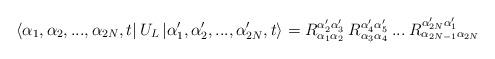
LaTeX: \begin{align*}\left\langle \alpha _{1},\alpha _{2},...,\alpha _{2N},t\right| U_{L}\left| \alpha _{1}',\alpha _{2}',...,\alpha _{2N}',t\right\rangle =R^{\alpha _{2}'\alpha _{3}'}_{\alpha _{1}\alpha _{2}}\: R^{\alpha _{4}'\alpha _{5}'}_{\alpha _{3}\alpha _{4}}\: ...\: R^{\alpha _{2N}'\alpha _{1}'}_{\alpha _{2N-1}\alpha _{2N}}\end{align*}